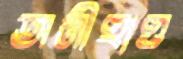
অনীহাও